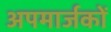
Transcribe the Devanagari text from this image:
अपमार्जकों